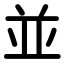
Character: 並